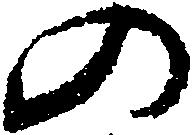
の